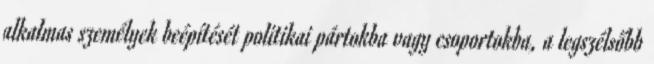
alkalmas személyek beépítését politikai pártokba vagy csoportokba, a legszélsőbb